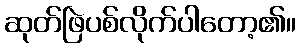
ဆုတ်ဖြဲပစ်လိုက်ပါတော့၏။